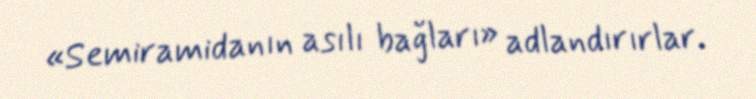
«Semiramidanın asılı bağları» adlandırırlar.